Annual administration report of the Civil Veterinary Department of India - 1908-1909
Year: 1908
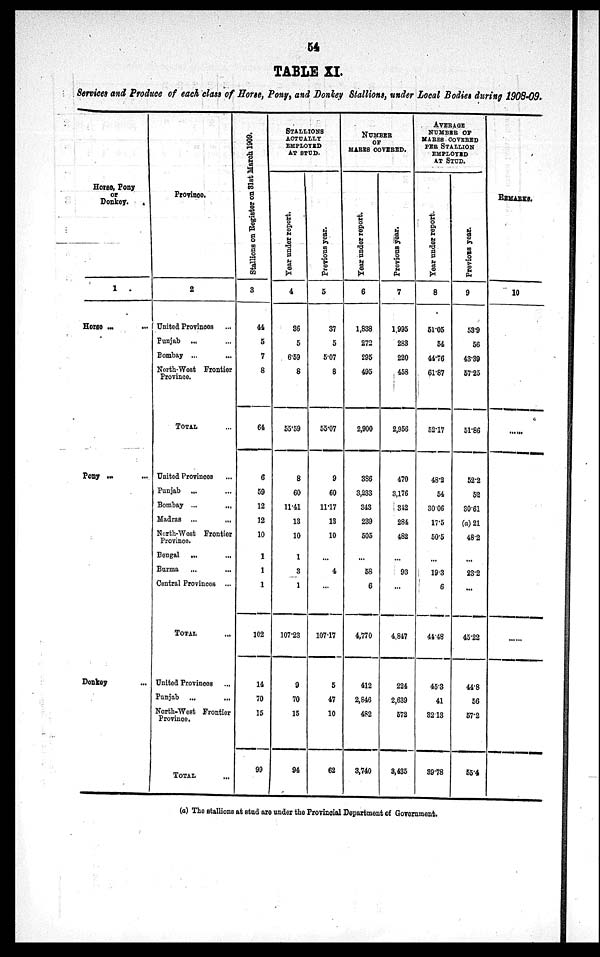
54
TABLE XI.
Services and Produce of each class of Horse, Pony, and Donkey Stallions, under Local Bodies during 1908-09.
Horse, Pony
or
Donkey.
1
.
Horse ... ...
Pony
...
...
Donkey ...
Province.
2
United Provinces ...
Punjab ... ...
Bombay ...
North-West Frontier
Province.
TOTAL
United Provinces ...
Punjab
Bombay ...
...
Madras ...
North-West Frontier
Province.
Bengal
... ...
Burma
Central Provinces ...
TOTAL
...
United Provinces ...
Punjab ...
...
North-West Frontier
Province.
TOTAL ...
Stallions on Register on 31st
March 1909.
3
44
5
7
8
64
6
59
12
12
10
1
1
1
102
14
70
15
99
STALLIONS
ACTUALLY
EMPLOYED
AT STUD.
Year under report.
4
36
5
6.59
8
55.59
8
60
11.41
13
10
1
3
1
107.23
9
70
15
94
Previous year.
5
37
5
5.07
8
55.07
9
60
11.17
13
10
...
4
...
107.17
5
47
10
62
NUMBER
OF
MARES COVERED.
Year
under report.
6
1,838
272
295
495
2,900
386
3,233
343
239
505
...
58
6
4,770
412
2,846
482
3,740
Previous year.
7
1,995
283
220
458
2,956
470
3,176
342
284
482
...
93
...
4,847
224
2,639
572
3,435
AVERAGE
NUMBER OF
MARES COVERED
PER STALLION
EMPLOYED
AT STUD.
Year under report.
8
51.05
54
44.76
61.87
52.17
48.2
54
30.06
17.5
50.5
...
19.3
6
41.48
45.3
41
32.13
39.78
Previous year.
9
53.9
56
43.39
57.25
51.86
52.2
52
30.61
(a) 21
48.2
...
23.2
...
45.22
44.8
56
57.2
55.4
REMARKS.
10
......
(a) The stallions at stud are under the Provincial Department of Government.